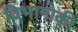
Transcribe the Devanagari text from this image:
विभागोकी